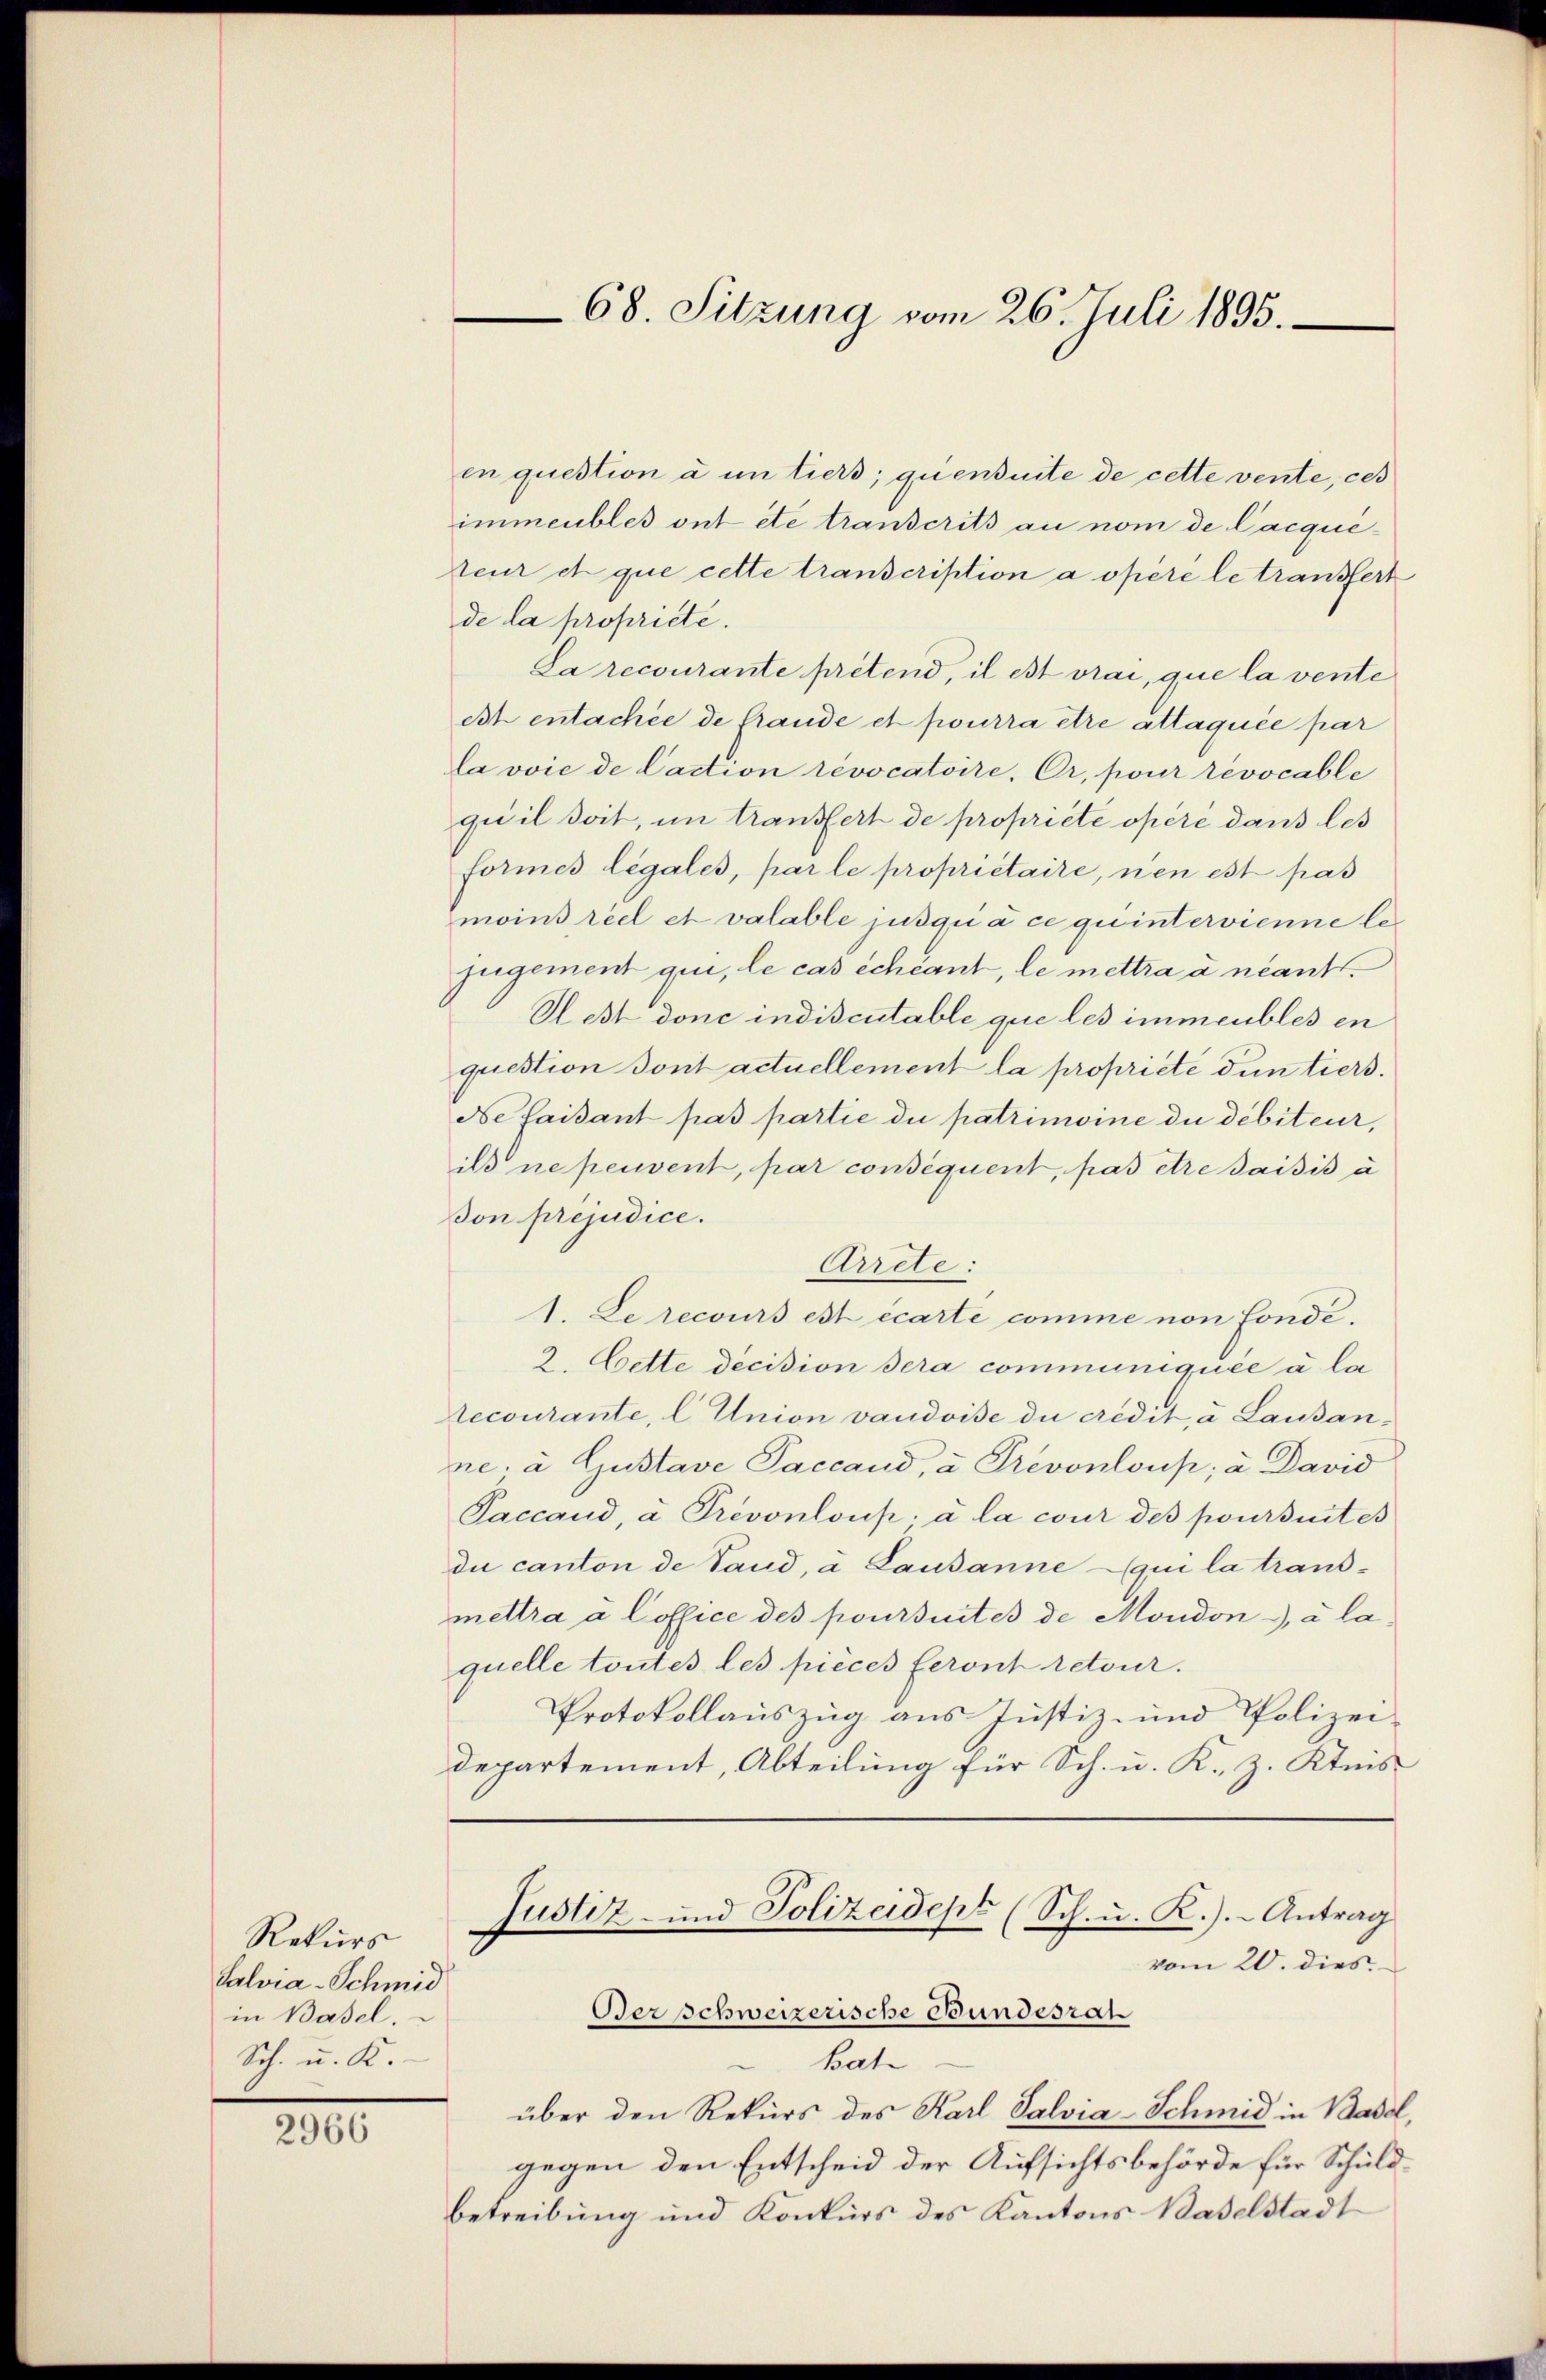
Rekurs
Salvia-Schmid
in Basel.
Sch. u. K.

2966

en question à un tiers; quensuite de cette vente, ces
immeubles ont ete transcrits an nom de Cacqueteur et que cette transcription a opéré le transfert
de la propriete.
La recourante prétend, il est vrai, que la vente
Ist entachée de fraude et pourra être attaquée par
a voie de Caction révocatoire, Or, pour révocable
quil soit, im transfert de propriete opère dans les
Formes legales, par le propriétaire, nen est pas
moins réel et valable jusqu’à ce quintervienne le
jugement qui, le cas échéant, le mettra à neant¬
Rest donc indiscutable que les immeubles en
question dont actuellement la propriété dun tiers.
dse faisant pas partie du patrimoine du débiteur,
ils ne peuvent, par conséquent, pas être saisis u
don prejudice.
Arrete:
1. Le recours est écarte comme non fonde¬
2. Cette decision dera communiquée à la
Aecourante, l. Union vaudoise du crédit, a Lausan-
ne. à Gustave Paccand, u. Prevonloup, a. David
Paccand, u Trevonloup, u la cour des poursuites
du canton de Land, a Lausanne qui la trans-
mettra a Coffice des poursuites de Moudon, à la
quelle toutes les pièces feront retour.
Protokollauszug aus Justiz- und Polizei-
departement, Abteilung für Sch. u. K. Z. Ktnis
Justiz- und Polizeidept (Sch. u. R.). Antrag
vom 20. dies
Berschweizerische Bundesrat
Bat
über den Rekurs des Karl Salvia-Schmid in Basel,
gegen den Entscheid der Aufsichtsbehörde für Schuldbetreibung und Konkurs des Kantons Baselstadt

68. Sitzung vom 26. Juli 1895.